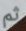
ثم